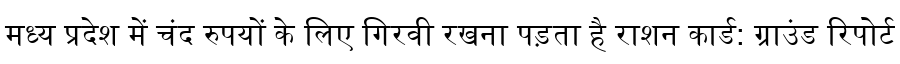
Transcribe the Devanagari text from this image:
मध्य प्रदेश में चंद रुपयों के लिए गिरवी रखना पड़ता है राशन कार्ड: ग्राउंड रिपोर्ट